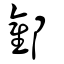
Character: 酄